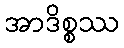
အာဒိစ္စဿ